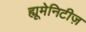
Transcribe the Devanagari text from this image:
ह्यूमेनिटीज़